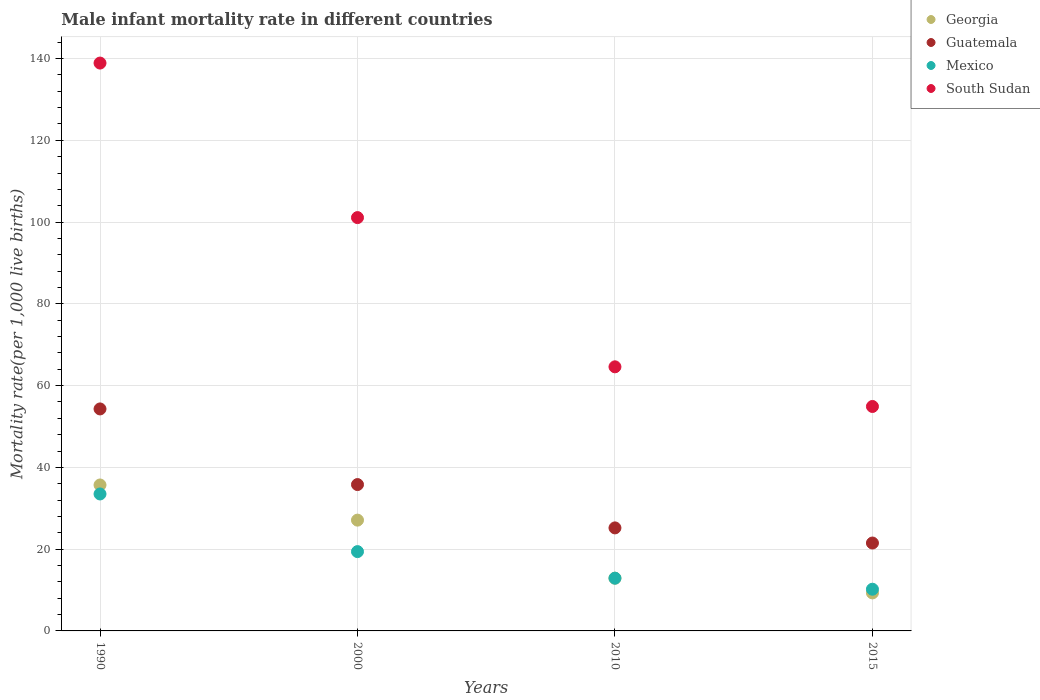
| Years | Georgia | Guatemala | Mexico | South Sudan |
 | --- | --- | --- | --- | --- |
 | 1990 | 35.7 | 54.3 | 33.5 | 139 |
 | 2000 | 27.1 | 35.8 | 19.4 | 101 |
 | 2010 | 12.9 | 25.2 | 12.9 | 64.6 |
 | 2015 | 9.3 | 21.5 | 10.2 | 54.9 |